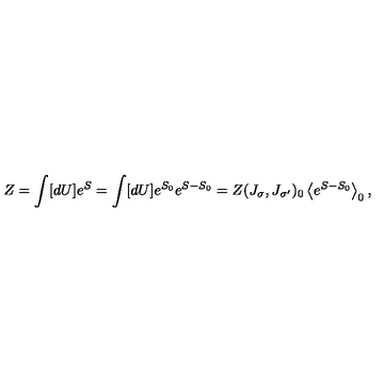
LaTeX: Z = \int [ d U ] e ^ { S } = \int [ d U ] e ^ { S _ { 0 } } e ^ { S - S _ { 0 } } = Z ( J _ { \sigma } , J _ { \sigma ^ { \prime } } ) _ { 0 } \left\langle e ^ { S - S _ { 0 } } \right\rangle _ { 0 } ,